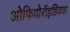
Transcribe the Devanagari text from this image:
ओफियोरॉइडियया